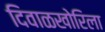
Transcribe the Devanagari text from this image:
दिवाळखोरिला